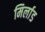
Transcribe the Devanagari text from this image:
मिर्लाड